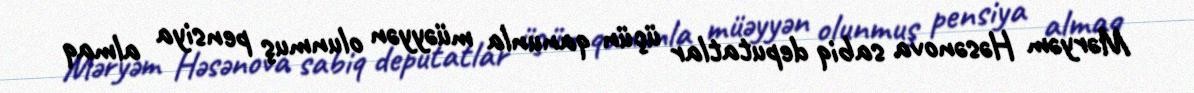
Məryəm Həsənova sabiq deputatlar üçün qanunla müəyyən olunmuş pensiya almaq